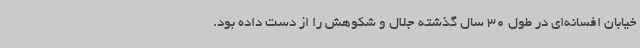
خیابان افسانه‌ای در طول 30 سال گذشته جلال و شکوهش را از دست داده بود.